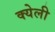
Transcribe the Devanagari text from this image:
क्येली